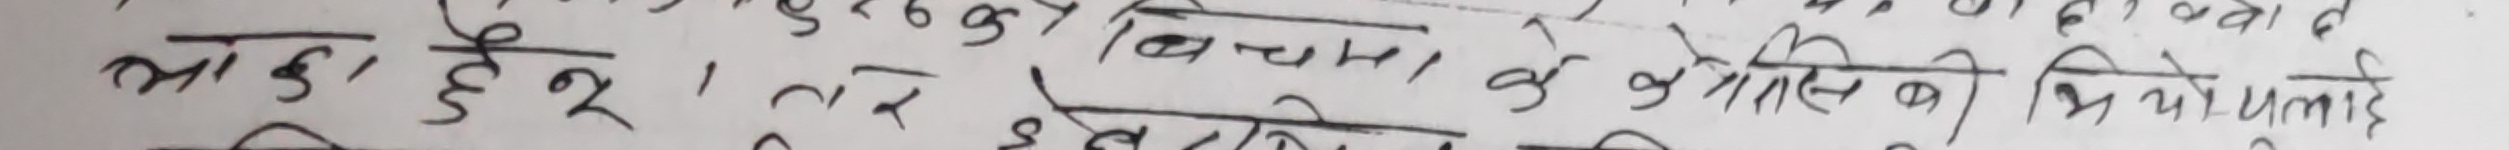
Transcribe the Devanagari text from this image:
क्या है। बिचमा के ज्योतिष की विशेषताएँ बताया गया